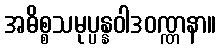
အဓိစ္စသမုပ္ပန္နဝါဒဝဏ္ဏနာ။